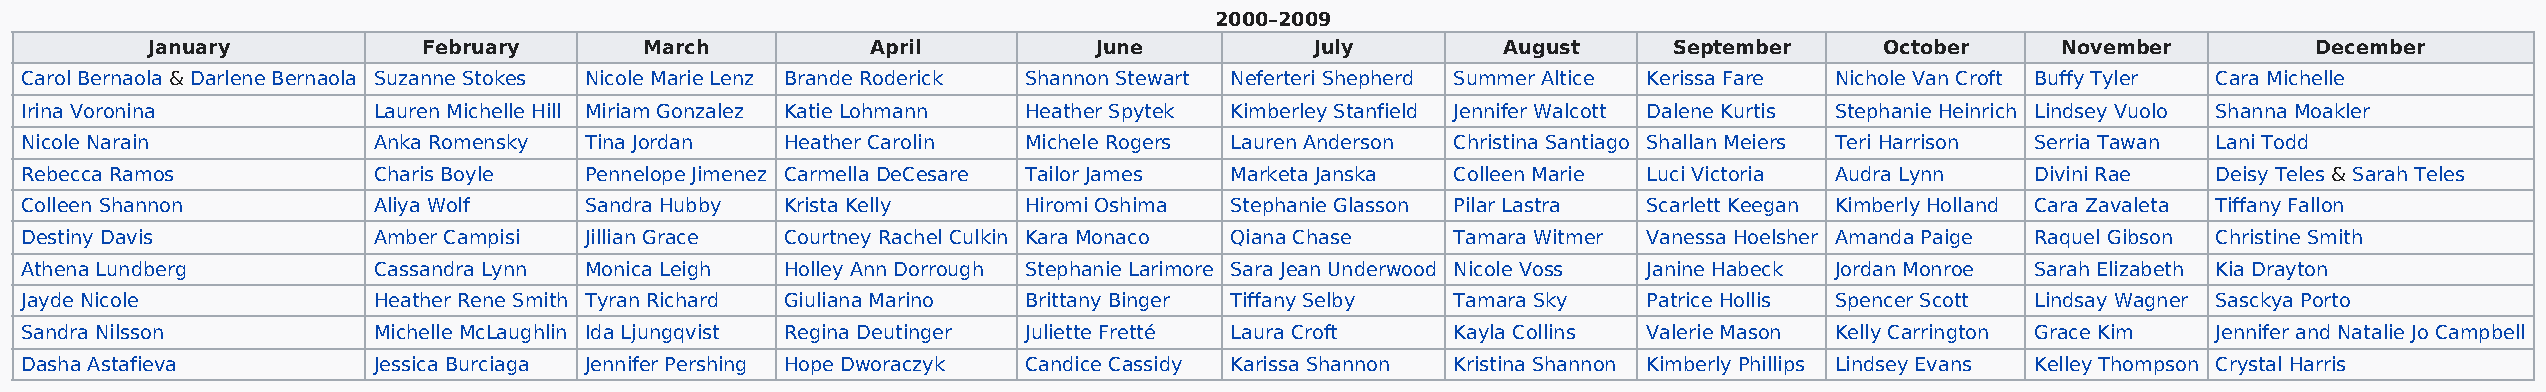
2000–2009
 January           February       March          April          June          July         August     September     October    November         December
 Carol Bernaola & Darlene Bernaola Suzanne Stokes Nicole Marie Lenz Brande Roderick Shannon Stewart Neferteri Shepherd Summer Altice Kerissa Fare Nichole Van Croft Buffy Tyler Cara Michelle
 Irina Voronina          Lauren Michelle Hill Miriam Gonzalez Katie Lohmann Heather Spytek Kimberley Stanfield Jennifer Walcott Dalene Kurtis Stephanie Heinrich Lindsey Vuolo Shanna Moakler
 Nicole Narain           Anka Romensky Tina Jordan  Heather Carolin Michele Rogers Lauren Anderson Christina Santiago Shallan Meiers Teri Harrison Serria Tawan Lani Todd
 Rebecca Ramos           Charis Boyle  Pennelope Jimenez Carmella DeCesare Tailor James Marketa Janska Colleen Marie Luci Victoria Audra Lynn Divini Rae Deisy Teles & Sarah Teles
 Colleen Shannon         Aliya Wolf    Sandra Hubby Krista Kelly    Hiromi Oshima Stephanie Glasson Pilar Lastra Scarlett Keegan Kimberly Holland Cara Zavaleta Tiffany Fallon
 Destiny Davis           Amber Campisi Jillian Grace Courtney Rachel Culkin Kara Monaco Qiana Chase Tamara Witmer Vanessa Hoelsher Amanda Paige Raquel Gibson Christine Smith
 Athena Lundberg         Cassandra Lynn Monica Leigh Holley Ann Dorrough Stephanie Larimore Sara Jean Underwood Nicole Voss Janine Habeck Jordan Monroe Sarah Elizabeth Kia Drayton
 Jayde Nicole            Heather Rene Smith Tyran Richard Giuliana Marino Brittany Binger Tiffany Selby Tamara Sky Patrice Hollis Spencer Scott Lindsay Wagner Sasckya Porto
 Sandra Nilsson          Michelle McLaughlin Ida Ljungqvist Regina Deutinger Juliette Fretté Laura Croft Kayla Collins Valerie Mason Kelly Carrington Grace Kim Jennifer and Natalie Jo Campbell
 Dasha Astafieva         Jessica Burciaga Jennifer Pershing Hope Dworaczyk Candice Cassidy Karissa Shannon Kristina Shannon Kimberly Phillips Lindsey Evans Kelley Thompson Crystal Harris